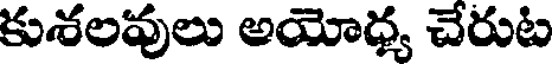
కుశలవులు అయోధ్య చేరుట